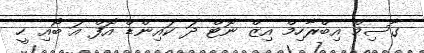
ގާސިމް އިބްރާހިމް އިޒް ނޮޓް ދަ ކައިންޑް އޮފް އަ ބޯއި ހީ